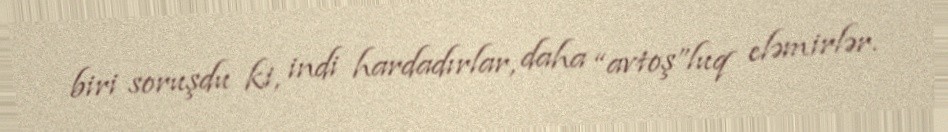
biri soruşdu ki, indi hardadırlar, daha “avtoş”luq eləmirlər.